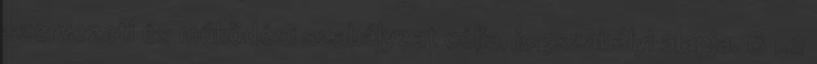
szervezeti és működési szabályzat célja, jogszabályi alapja. 6 1.2